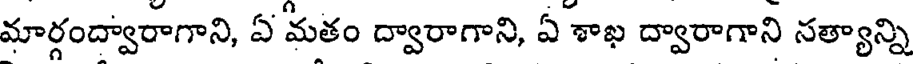
మార్గంద్వారాగాని, ఏ మతం ద్వారాగాని, ఏ శాఖ ద్వారాగాని సత్యాన్ని